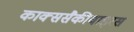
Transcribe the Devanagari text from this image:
काक्ससैकीवाइरस